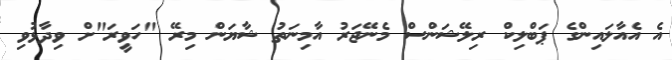
އެ އެއާލައިންގެ ޕަބްލިކް ރިލޭޝަންސް މެނޭޖަރު އާމިނަތު ޝާޔަން މިރޭ "ހަވީރަ"ށް ވިދާޅުވި